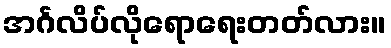
အင်္ဂလိပ်လိုရောရေးတတ်လား။